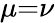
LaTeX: \mu{=}\nu